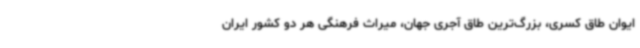
ایوان طاق کسری، بزرگ‌ترین طاق آجری جهان، میراث فرهنگی هر دو کشور ایران